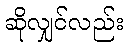
ဆိုလျှင်လည်း